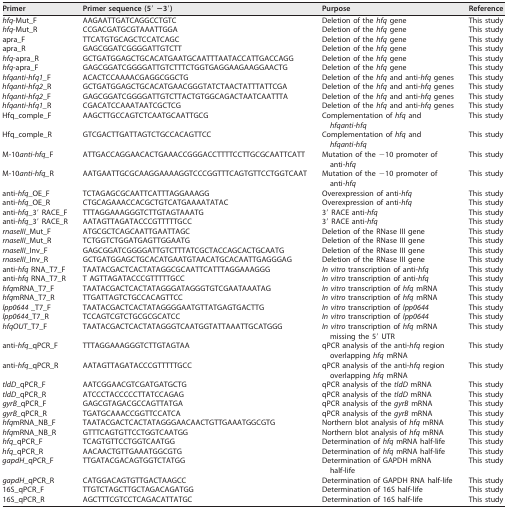
<table><thead><tr><td><b>Primer</b></td><td><b>Primer sequence (5′ −3′)</b></td><td><b>Purpose</b></td><td><b>Reference</b></td></tr></thead><tbody><tr><td><i>hfq</i>-Mut_F</td><td>AAGAATTGATCAGGCCTGTC</td><td>Deletion of the <i>hfq</i> gene</td><td>This study</td></tr><tr><td><i>hfq</i>-Mut_R</td><td>CCGACGATGCGTAAATTGGA</td><td>Deletion of the <i>hfq</i> gene</td><td>This study</td></tr><tr><td>apra_F</td><td>TTCATGTGCAGCTCCATCAGC</td><td>Deletion of the <i>hfq</i> gene</td><td>This study</td></tr><tr><td>apra_R</td><td>GAGCGGATCGGGGATTGTCTT</td><td>Deletion of the <i>hfq</i> gene</td><td>This study</td></tr><tr><td><i>hfq-</i>apra_R</td><td>GCTGATGGAGCTGCACATGAATGCAATTTAATACCATTGACCAGG</td><td>Deletion of the <i>hfq</i> gene</td><td>This study</td></tr><tr><td><i>hfq-</i>apra_F</td><td>GAGCGGATCGGGGATTGTCTTTCTGGTGAGGAAGAAGGAACTG</td><td>Deletion of the <i>hfq</i> gene</td><td>This study</td></tr><tr><td><i>hfqanti-hfq1_</i>F</td><td>ACACTCCAAAACGAGGCGGCTG</td><td>Deletion of the <i>hfq</i> and anti<i>-hfq</i> genes</td><td>This study</td></tr><tr><td><i>hfqanti-hfq2</i>_R</td><td>GCTGATGGAGCTGCACATGAACGGGTATCTAACTATTTATTCGA</td><td>Deletion of the <i>hfq</i> and anti<i>-hfq</i> genes</td><td>This study</td></tr><tr><td><i>hfqanti-hfq2</i>_F</td><td>GAGCGGATCGGGGATTGTCTTACTGTGGCAGACTAATCAATTTA</td><td>Deletion of the <i>hfq</i> and anti-<i>hfq</i> genes</td><td>This study</td></tr><tr><td><i>hfqanti-hfq1_</i>R</td><td>CGACATCCAAATAATCGCTCG</td><td>Deletion of the <i>hfq</i> and anti-<i>hfq</i> genes</td><td>This study</td></tr><tr><td>Hfq_comple_F</td><td>AAGCTTGCCAGTCTCAATGCAATTGCG</td><td>Complementation of <i>hfq</i> and <i>hfqanti-hfq</i></td><td>This study</td></tr><tr><td>Hfq_comple_R</td><td>GTCGACTTGATTAGTCTGCCACAGTTCC</td><td>Complementation of <i>hfq</i> and <i>hfqanti-hfq</i></td><td>This study</td></tr><tr><td>M-10<i>anti-hfq_</i>F</td><td>ATTGACCAGGAACACTGAAACCGGGACCTTTTCCTTGCGCAATTCATT</td><td>Mutation of the −10 promoter of anti<i>-hfq</i></td><td>This study</td></tr><tr><td>M-10<i>anti-hfq_</i>R</td><td>AATGAATTGCGCAAGGAAAAGGTCCCGGTTTCAGTGTTCCTGGTCAAT</td><td>Mutation of the −10 promoter of anti<i>-hfq</i></td><td>This study</td></tr><tr><td>anti-<i>hfq</i>_OE_F</td><td>TCTAGAGCGCAATTCATTTAGGAAAGG</td><td>Overexpression of anti<i>-hfq</i></td><td>This study</td></tr><tr><td>anti-<i>hfq</i>_OE_R</td><td>CTGCAGAAACCACGCTGTCATGAAAATATAC</td><td>Overexpression of anti<i>-hfq</i></td><td>This study</td></tr><tr><td>anti-<i>hfq</i>_3′ RACE_F</td><td>TTTAGGAAAGGGTCTTGTAGTAAATG</td><td>3′ RACE anti<i>-hfq</i></td><td>This study</td></tr><tr><td>anti-<i>hfq</i>_3′ RACE_R</td><td>AATAGTTAGATACCCGTTTTTGCC</td><td>3′ RACE anti<i>-hfq</i></td><td>This study</td></tr><tr><td><i>rnaseIII</i>_Mut_F</td><td>ATGCGCTCAGCAATTGAATTAGC</td><td>Deletion of the RNase III gene</td><td>This study</td></tr><tr><td><i>rnaseIII</i>_Mut_R</td><td>TCTGGTCTGGATGAGTTGGAATG</td><td>Deletion of the RNase III gene</td><td>This study</td></tr><tr><td><i>rnaseIII</i>_Inv_F</td><td>GAGCGGATCGGGGATTGTCTTTATCGCTACCAGCACTGCAATG</td><td>Deletion of the RNase III gene</td><td>This study</td></tr><tr><td><i>rnaseIII</i>_Inv_R</td><td>GCTGATGGAGCTGCACATGAATGTAACATGCACAATTGAGGGAG</td><td>Deletion of the RNase III gene</td><td>This study</td></tr><tr><td>anti-<i>hfq</i> RNA_T7_F </td><td>TAATACGACTCACTATAGGCGCAATTCATTTAGGAAAGGG</td><td><i>In vitro</i> transcription of anti<i>-hfq</i></td><td>This study</td></tr><tr><td>anti-<i>hfq</i> RNA_T7_R </td><td>T AGTTAGATACCCGTTTTTGCC</td><td><i>In vitro</i> transcription of anti<i>-hfq</i></td><td>This study</td></tr><tr><td><i>hfq</i>mRNA_T7_F</td><td>TAATACGACTCACTATAGGGATAGGGTGTCGAATAAATAG</td><td><i>In vitro</i> transcription of <i>hfq</i> mRNA</td><td>This study</td></tr><tr><td><i>hfq</i>mRNA_T7_R</td><td>TTGATTAGTCTGCCACAGTTCC</td><td><i>In vitro</i> transcription of <i>hfq</i> mRNA</td><td>This study</td></tr><tr><td><i>lpp0644</i> _T7_F</td><td>TAATACGACTCACTATAGGGGAATGTTATGAGTGACTTG</td><td><i>In vitro</i> transcription of <i>lpp0644</i></td><td>This study</td></tr><tr><td><i>lpp0644</i>_T7_R</td><td>TCCAGTCGTCTGCGCGCATCC</td><td><i>In vitro</i> transcription of <i>lpp0644</i></td><td>This study</td></tr><tr><td><i>hfqOUT</i>_T7_F</td><td>TAATACGACTCACTATAGGGTCAATGGTATTAAATTGCATGGG</td><td><i>In vitro</i> transcription of <i>hfq</i> mRNA missing the 5′ UTR</td><td>This study</td></tr><tr><td>anti-<i>hfq</i>_qPCR_F</td><td>TTTAGGAAAGGGTCTTGTAGTAA</td><td>qPCR analysis of the anti-<i>hfq</i> region overlapping <i>hfq</i> mRNA</td><td>This study</td></tr><tr><td>anti-<i>hfq</i>_qPCR_R</td><td>AATAGTTAGATACCCGTTTTTGCC</td><td>qPCR analysis of the anti-<i>hfq</i> region overlapping <i>hfq</i> mRNA</td><td>This study</td></tr><tr><td><i>tldD</i>_qPCR_F</td><td>AATCGGAACGTCGATGATGCTG</td><td>qPCR analysis of the <i>tldD</i> mRNA</td><td>This study</td></tr><tr><td><i>tldD</i>_qPCR_R</td><td>ATCCCTACCCCCTTATCCAGAG</td><td>qPCR analysis of the <i>tldD</i> mRNA</td><td>This study</td></tr><tr><td><i>gyrB</i>_qPCR_F</td><td>GAGCGTAGACGCCAGTTATGA</td><td>qPCR analysis of the <i>gyrB</i> mRNA</td><td>This study</td></tr><tr><td><i>gyrB_</i>qPCR_R</td><td>TGATGCAAACCGGTTCCATCA</td><td>qPCR analysis of the <i>gyrB</i> mRNA</td><td>This study</td></tr><tr><td><i>hfq</i>mRNA_NB_F</td><td>TAATACGACTCACTATAGGGAACAACTGTTGAAATGGCGTG</td><td>Northern blot analysis of <i>hfq</i> mRNA</td><td>This study</td></tr><tr><td><i>hfq</i>mRNA_NB_R</td><td>GTTTCAGTGTTCCTGGTCAATGG</td><td>Northern blot analysis of <i>hfq</i> mRNA</td><td>This study</td></tr><tr><td><i>hfq_</i>qPCR_F</td><td>TCAGTGTTCCTGGTCAATGG</td><td>Determination of <i>hfq</i> mRNA half-life</td><td>This study</td></tr><tr><td><i>hfq_</i>qPCR_R</td><td>AACAACTGTTGAAATGGCGTG</td><td>Determination of <i>hfq</i> mRNA half-life</td><td>This study</td></tr><tr><td><i>gapdH</i>_qPCR_F</td><td>TTGATACGACAGTGGTCTATGG</td><td>Determination of GAPDH mRNA half-life</td><td>This study</td></tr><tr><td><i>gapdH</i>_qPCR_R</td><td>CATGGACAGTGTTGACTAAGCC</td><td>Determination of GAPDH RNA half-life</td><td>This study</td></tr><tr><td>16S_qPCR_F</td><td>TTGTCTAGCTTGCTAGACAGATGG</td><td>Determination of 16S half-life</td><td>This study</td></tr><tr><td>16S_qPCR_R</td><td>AGCTTTCGTCCTCAGACATTATGC</td><td>Determination of 16S half-life</td><td>This study</td></tr></tbody></table>